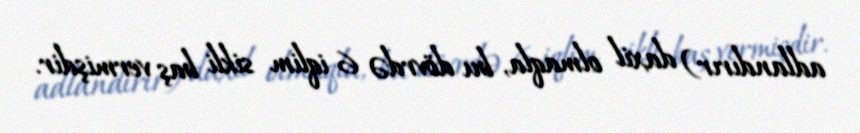
adlandırır) daxil olmaqla, bu dövrdə 6 iqlim sikli baş vermişdir.